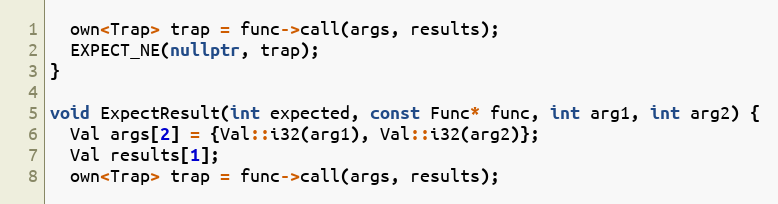
Language: C++
  own<Trap> trap = func->call(args, results);
  EXPECT_NE(nullptr, trap);
}

void ExpectResult(int expected, const Func* func, int arg1, int arg2) {
  Val args[2] = {Val::i32(arg1), Val::i32(arg2)};
  Val results[1];
  own<Trap> trap = func->call(args, results);